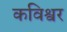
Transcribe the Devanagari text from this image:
कविश्वर